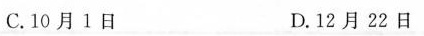
C.10月1日 D.12月22日